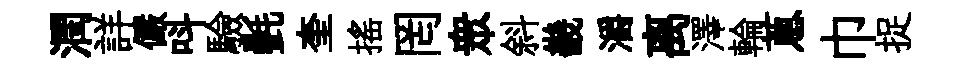
潤詳儼呌驗㲲奎摇罔衆斜畿灂离澤輪蔥巾捉